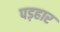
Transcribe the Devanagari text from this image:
पड़हार